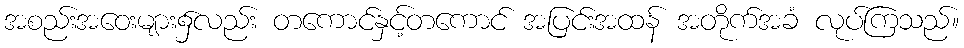
အစည်းအဝေးများ၌လည်း တကောင်နှင့်တကောင် အပြင်းအထန် အတိုက်အခံ လုပ်ကြသည်။